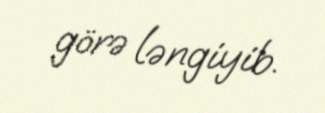
görə ləngiyib.